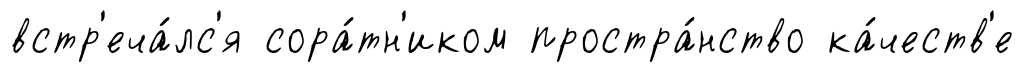
встр'еча́лс'я сора́тн'иком простра́нство ка́честв'е